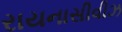
રાયનાસીવીઝ